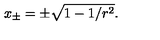
x _ { \pm } = \pm \sqrt { 1 - 1 / r ^ { 2 } } .